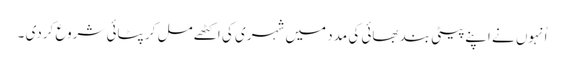
اُنہوں نے اپنے پیٹی بند بھائی کی مدد میں شہری کی اکٹھے مل کر پٹائی شروع کردی ۔